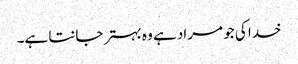
خدا کی جو مراد ہے وہ بہتر جانتا ہے۔